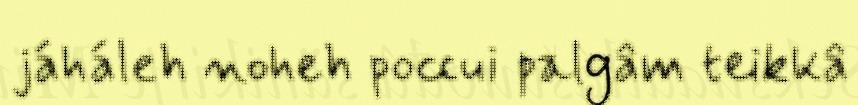
jáháleh noheh poccui palgâm teikkâ